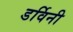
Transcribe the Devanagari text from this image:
डर्विनी